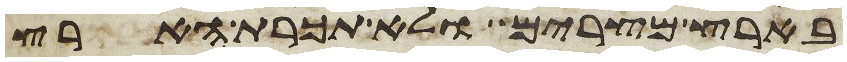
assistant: בארץ מצרים ולא תכרת הארץ